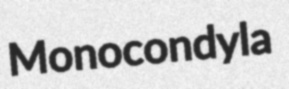
Monocondyla